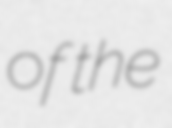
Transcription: of the